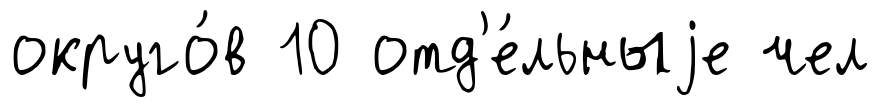
округо́в 10 отд'е́льныjе чел